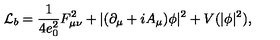
{ \cal L } _ { b } = \frac { 1 } { 4 e _ { 0 } ^ { 2 } } F _ { \mu \nu } ^ { 2 } + | ( \partial _ { \mu } + i A _ { \mu } ) \phi | ^ { 2 } + V ( | \phi | ^ { 2 } ) ,